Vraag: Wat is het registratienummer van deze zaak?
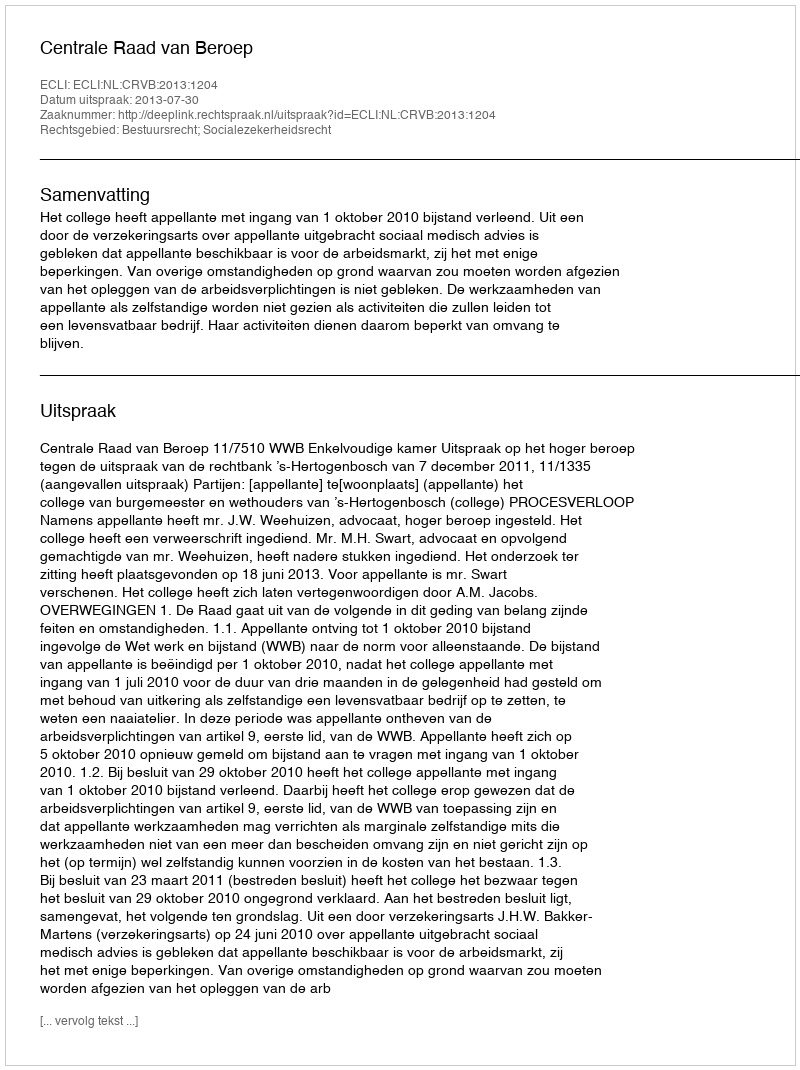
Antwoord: http://deeplink.rechtspraak.nl/uitspraak?id=ECLI:NL:CRVB:2013:1204